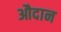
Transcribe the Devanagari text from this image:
औदान